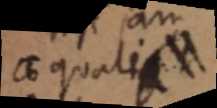
aequalis